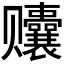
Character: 𬦀